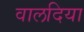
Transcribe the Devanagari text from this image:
वालदिया